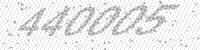
Solution: 440005